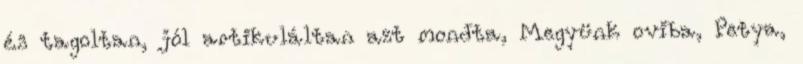
és tagoltan, jól artikuláltan azt mondta, Megyünk oviba, Petya,